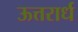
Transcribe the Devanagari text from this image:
ऊत्तरार्ध